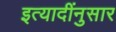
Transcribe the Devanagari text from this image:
इत्यादींनुसार